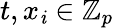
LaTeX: t,x_{\mathit{i}}\in\mathbb{{Z}}_{p}